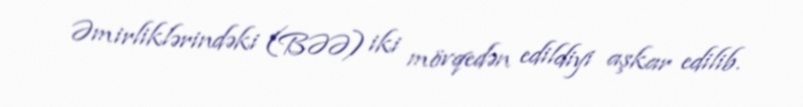
Əmirliklərindəki (BƏƏ) iki mövqedən edildiyi aşkar edilib.